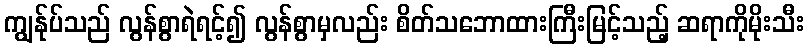
ကျွန်ုပ်သည် လွန်စွာရဲရင့်၍ လွန်စွာမှလည်း စိတ်သဘောထားကြီးမြင့်သည့် ဆရာကိုမိုးသီး